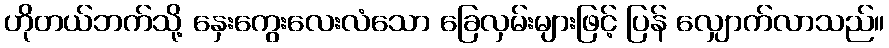
ဟိုတယ်ဘက်သို့ နှေးကွေးလေးလံသော ခြေလှမ်းများဖြင့် ပြန် လျှောက်လာသည်။